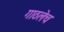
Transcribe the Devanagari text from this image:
गाठलेच